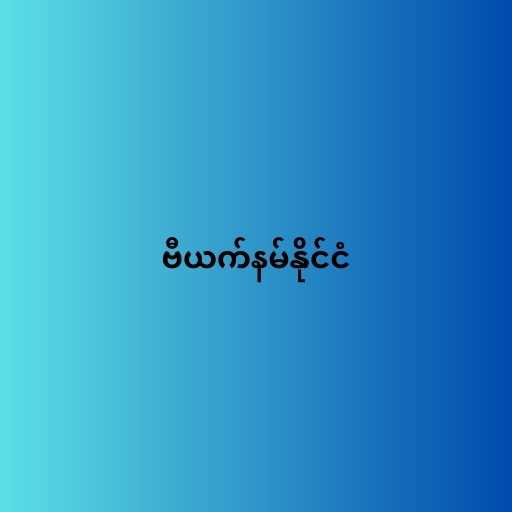
ဗီယက်နမ်နိုင်ငံ